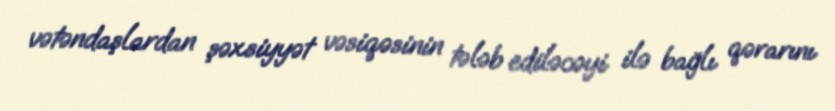
vətəndaşlardan şəxsiyyət vəsiqəsinin tələb ediləcəyi ilə bağlı qərarını